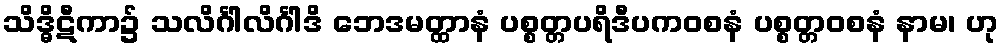
သိဒ္ဓိဋီကာ၌ သလိင်္ဂါလိင်္ဂါဒိ ဘေဒမတ္ထာနံ ပစ္စတ္တပရိဒီပကဝစနံ ပစ္စတ္တဝစနံ နာမ၊ ဟု